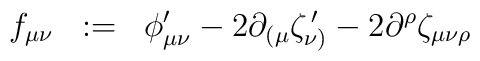
f_{\mu\nu} \;\; :=\;\;  \phi^{\prime}_{\mu\nu} -2 \partial_{( \mu} \zeta^{\,\prime}_{\nu )} - 2 \partial^{\rho} \zeta_{\mu\nu\rho}